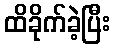
ထိခိုက်ခဲ့ပြီး